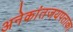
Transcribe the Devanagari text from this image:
अनेकांतजयपताका